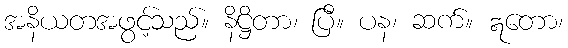
အနိယတအဖွင့်သည်။ နိဋ္ဌိတာ၊ ပြီ။ ပန၊ ဆက်။ ဣတော၊